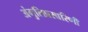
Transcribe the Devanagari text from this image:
अंगुलिप्रसारिणी